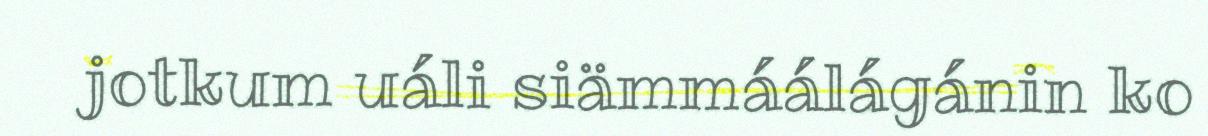
jotkum uáli siämmáálágánin ko